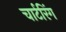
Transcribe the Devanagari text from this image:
चार्टरिंग